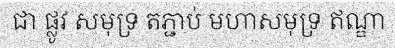
ជា ផ្លូវ សមុទ្រ តភ្ជាប់ មហាសមុទ្រ ឥណ្ឌា